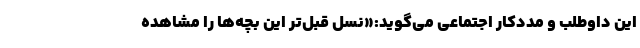
این داوطلب و مددکار اجتماعی می‌گوید:«نسل قبل‌تر این بچه‌ها را مشاهده